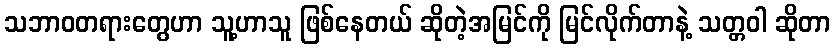
သဘာဝတရားတွေဟာ သူ့ဟာသူ ဖြစ်နေတယ် ဆိုတဲ့အမြင်ကို မြင်လိုက်တာနဲ့ သတ္တဝါ ဆိုတာ